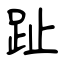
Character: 趾